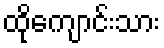
ထိုကျောင်းသား